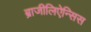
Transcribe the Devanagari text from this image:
ब्राजीलिऐन्सिस